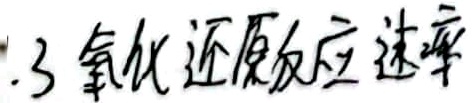
1.3 氧化还原反应速率